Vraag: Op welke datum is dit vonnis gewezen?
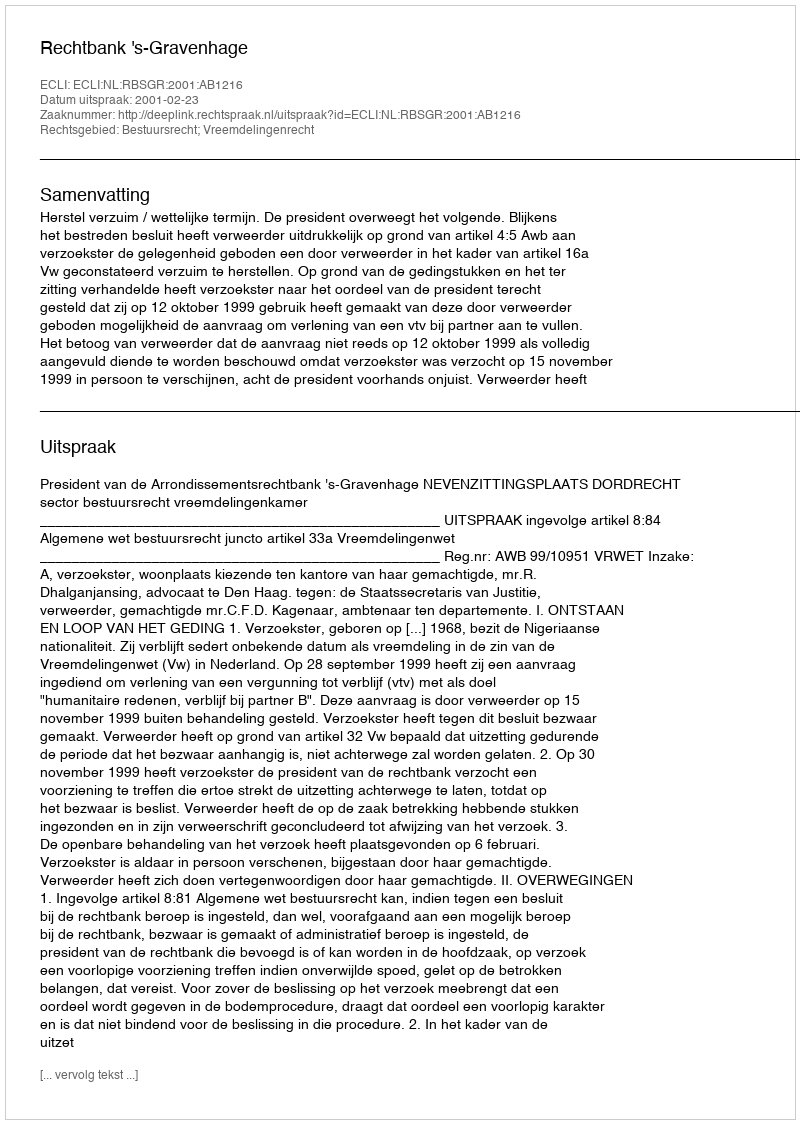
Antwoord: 2001-02-23